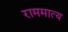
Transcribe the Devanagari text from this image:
राममात्य